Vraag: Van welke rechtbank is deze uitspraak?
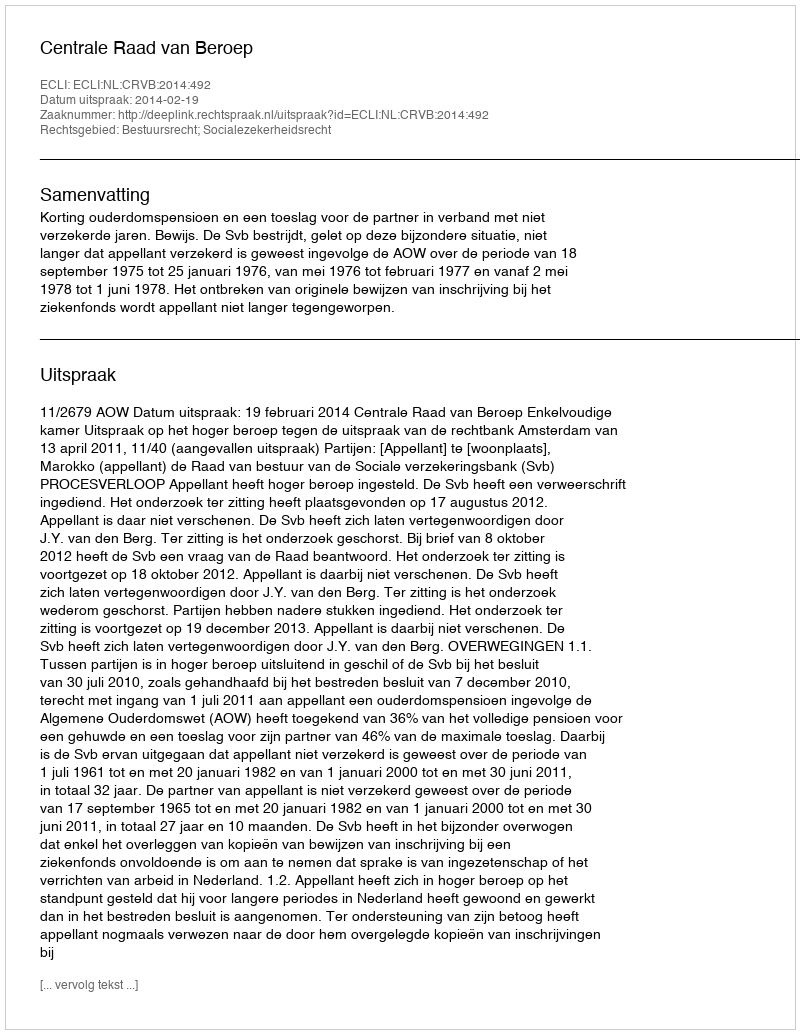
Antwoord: Centrale Raad van Beroep